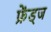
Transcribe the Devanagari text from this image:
फ्रेंड्ज